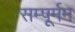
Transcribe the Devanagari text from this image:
सम्पूर्मम